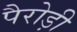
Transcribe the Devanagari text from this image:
पैरोड़ी